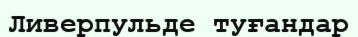
Ливерпульде туғандар